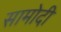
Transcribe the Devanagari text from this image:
सामोदी